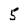
Character: 5